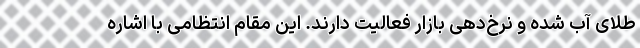
طلای آب شده و نرخ‌دهی بازار فعالیت دارند. این مقام انتظامی با اشاره